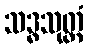
သဒ္ဓသုတ္တံ